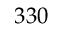
3 3 0